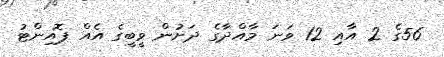
56ގެ 2 އާއި 12 ވަނަ މާއްދާގެ ދަށުން ވީބީގެ އެއް ޕޮއިންޓު